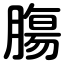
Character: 膓